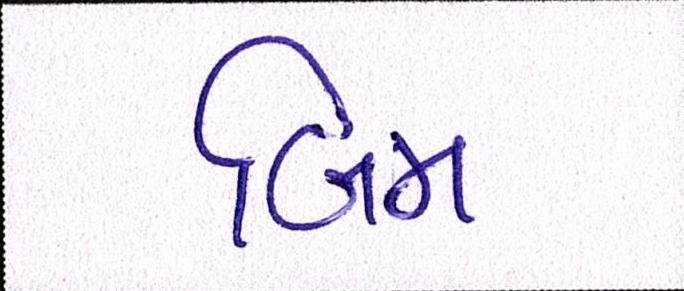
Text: બિમ